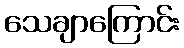
သေချာကြောင်း